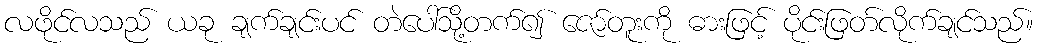
လဖိုင်လသည် ယခု ချက်ချင်းပင် တဲပေါ်သို့တက်၍ ဇော်တူးကို ဓားဖြင့် ပိုင်းဖြတ်လိုက်ချင်သည်။